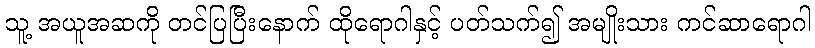
သူ့ အယူအဆကို တင်ပြပြီးနောက် ထိုရောဂါနှင့် ပတ်သက်၍ အမျိုးသား ကင်ဆာရောဂါ